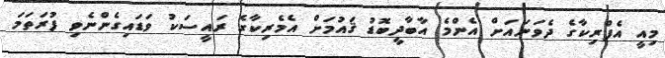
މިއީ އެފްރިކާގެ ދެވަނައަށް އެންމެ އާބާދީބޮޑު ޤައުމަށް އެމެރިކާގެ ރައީސަކު ވަޑައިގެންނެވި ފުރަތަމަ